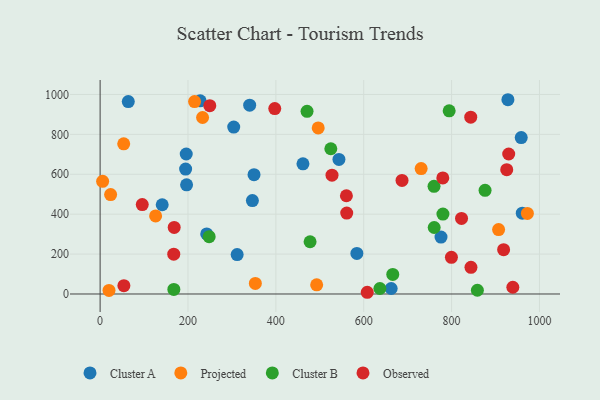
{"axis": {"x": "Distance", "y": "Salary"}, "legend": ["Cluster A", "Cluster B", "Observed", "Projected"], "data": [{"x": "461.7", "y": 652.2, "type": "Cluster A"}, {"x": "194.6", "y": 626.1, "type": "Cluster A"}, {"x": "775.9", "y": 285.1, "type": "Cluster A"}, {"x": "543.6", "y": 674.5, "type": "Cluster A"}, {"x": "960.9", "y": 405.2, "type": "Cluster A"}, {"x": "227.7", "y": 967.9, "type": "Cluster A"}, {"x": "350.3", "y": 597.8, "type": "Cluster A"}, {"x": "196.0", "y": 701.7, "type": "Cluster A"}, {"x": "928.2", "y": 973.6, "type": "Cluster A"}, {"x": "340.4", "y": 946.5, "type": "Cluster A"}, {"x": "304.1", "y": 836.6, "type": "Cluster A"}, {"x": "584.4", "y": 203.2, "type": "Cluster A"}, {"x": "196.8", "y": 546.9, "type": "Cluster A"}, {"x": "662.5", "y": 27.5, "type": "Cluster A"}, {"x": "346.6", "y": 468.3, "type": "Cluster A"}, {"x": "242.6", "y": 301.1, "type": "Cluster A"}, {"x": "64.1", "y": 964.3, "type": "Cluster A"}, {"x": "311.9", "y": 197.7, "type": "Cluster A"}, {"x": "141.3", "y": 447.3, "type": "Cluster A"}, {"x": "958.5", "y": 783.8, "type": "Cluster A"}, {"x": "730.7", "y": 628.6, "type": "Projected"}, {"x": "233.2", "y": 884.5, "type": "Projected"}, {"x": "972.5", "y": 403.8, "type": "Projected"}, {"x": "492.9", "y": 46.0, "type": "Projected"}, {"x": "5.7", "y": 564.6, "type": "Projected"}, {"x": "23.9", "y": 498.1, "type": "Projected"}, {"x": "907.0", "y": 322.8, "type": "Projected"}, {"x": "126.3", "y": 391.2, "type": "Projected"}, {"x": "53.7", "y": 752.5, "type": "Projected"}, {"x": "353.3", "y": 53.2, "type": "Projected"}, {"x": "215.0", "y": 964.5, "type": "Projected"}, {"x": "496.4", "y": 832.5, "type": "Projected"}, {"x": "20.2", "y": 18.1, "type": "Projected"}, {"x": "780.3", "y": 400.5, "type": "Cluster B"}, {"x": "477.9", "y": 261.7, "type": "Cluster B"}, {"x": "858.7", "y": 18.8, "type": "Cluster B"}, {"x": "760.0", "y": 539.4, "type": "Cluster B"}, {"x": "636.8", "y": 27.5, "type": "Cluster B"}, {"x": "248.2", "y": 287.4, "type": "Cluster B"}, {"x": "167.8", "y": 22.9, "type": "Cluster B"}, {"x": "471.0", "y": 915.4, "type": "Cluster B"}, {"x": "760.4", "y": 333.3, "type": "Cluster B"}, {"x": "525.1", "y": 727.9, "type": "Cluster B"}, {"x": "794.5", "y": 917.8, "type": "Cluster B"}, {"x": "876.2", "y": 519.4, "type": "Cluster B"}, {"x": "666.1", "y": 97.9, "type": "Cluster B"}, {"x": "822.6", "y": 378.6, "type": "Observed"}, {"x": "561.3", "y": 405.4, "type": "Observed"}, {"x": "844.1", "y": 133.4, "type": "Observed"}, {"x": "95.9", "y": 448.2, "type": "Observed"}, {"x": "168.6", "y": 333.8, "type": "Observed"}, {"x": "930.0", "y": 701.6, "type": "Observed"}, {"x": "799.6", "y": 183.9, "type": "Observed"}, {"x": "843.6", "y": 886.0, "type": "Observed"}, {"x": "560.6", "y": 492.4, "type": "Observed"}, {"x": "608.0", "y": 8.6, "type": "Observed"}, {"x": "925.5", "y": 623.2, "type": "Observed"}, {"x": "780.0", "y": 581.7, "type": "Observed"}, {"x": "249.6", "y": 943.6, "type": "Observed"}, {"x": "527.8", "y": 595.7, "type": "Observed"}, {"x": "939.4", "y": 33.9, "type": "Observed"}, {"x": "397.5", "y": 929.2, "type": "Observed"}, {"x": "918.4", "y": 222.1, "type": "Observed"}, {"x": "167.6", "y": 199.7, "type": "Observed"}, {"x": "54.1", "y": 41.9, "type": "Observed"}, {"x": "687.2", "y": 569.3, "type": "Observed"}]}